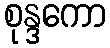
စုန္ဒကော